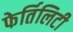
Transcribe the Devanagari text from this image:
फेर्तिलिटी